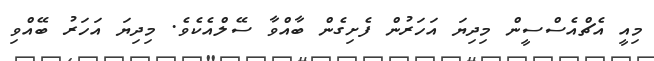
މިއީ އެޗްއެސްސީން މިދިޔަ އަހަރުން ފެށިގެން ބާއްވާ ސޭލްއެކެވެ. މިދިޔަ އަހަރު ބޭއްވި